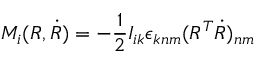
M _ { i } ( R , \dot { R } ) = - \frac 1 2 I _ { i k } \epsilon _ { k n m } ( R ^ { T } \dot { R } ) _ { n m }